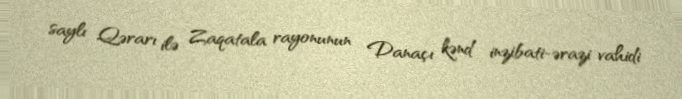
saylı Qərarı ilə Zaqatala rayonunun Danaçı kənd inzibati-ərazi vahidi